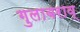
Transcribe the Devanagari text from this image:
गुलाबराव्